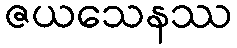
ဇယသေနဿ